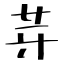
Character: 芽